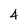
Character: 4